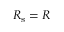
R _ { \mathrm { s } } = R